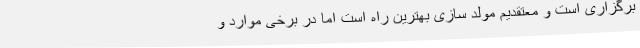
برگزاری است و معتقدیم مولد سازی بهترین راه است اما در برخی موارد و